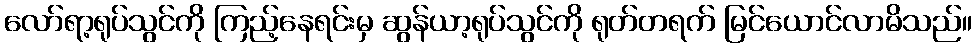
လော်ရာ့ရုပ်သွင်ကို ကြည့်နေရင်းမှ ဆွန်ယာ့ရုပ်သွင်ကို ရုတ်တရက် မြင်ယောင်လာမိသည်။